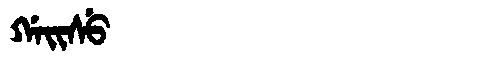
Manchu: ᡤᠠᡳᠰᡠ
Romanization: GAISU